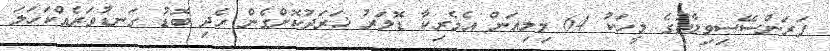
ފަރަންސޭސިވިލާތުގެ މީހަކު 64 މިލިއަން އެމެރިކާ ޑޮލަރު ޚަރަދުކޮށްގެން ހެދި ބޮޑު ގަނޑުވަރެއްކަހަލަ